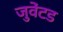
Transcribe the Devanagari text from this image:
जुवेंटड